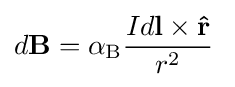
d\mathbf {B} =\alpha _{\rm {B}}{\frac {Id\mathbf {l} \times \mathbf {\hat {r}} }{r^{2}}}\;